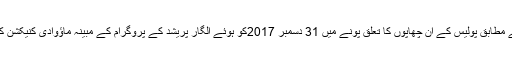
اس اخبار کی خبر کے مطابق پولیس کے ان چھاپوں کا تعلق پونے میں 31 دسمبر 2017کو ہوئے الگار پریشد کے پروگرام کے مبینہ ماؤوادی کنیکشن کی جانچ سے جڑا ہے۔